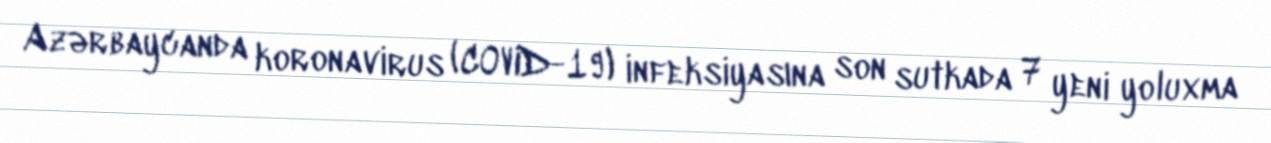
Azərbaycanda koronavirus (COVID-19) infeksiyasına son sutkada 7 yeni yoluxma